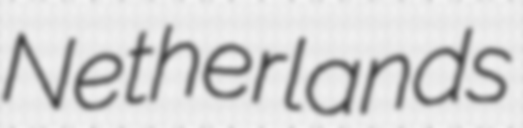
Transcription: Netherlands